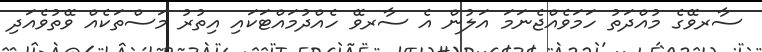
ސާރވޭގެ މުއްދަތު ހަމަވެއްޖެނަމަ އަލުން އެ ސާރވޭ ހެއްދުމައްޓަކައި އިތުރު މަސްތަކެއް ވޭތުވެއަދި